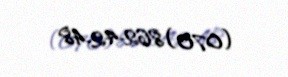
(070) 862-42-48